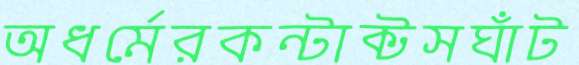
অধর্মেরকন্টাক্টসঘাঁট